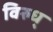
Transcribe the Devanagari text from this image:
विरुध्